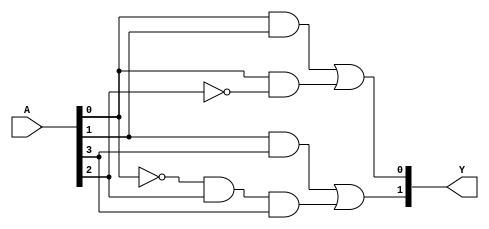
module PAL (
    input wire [n-1:0] A, // n inputs
    output wire [m-1:0] Y // m outputs
);

// Parameters for number of inputs and outputs
parameter n = 4; // Number of inputs (A1, A2, A3, A4)
parameter m = 2; // Number of outputs (Y1, Y2)

// Programmable AND gates (each AND gate can be programmed)
wire [3:0] and_out; // Assuming 4 programmable AND gates

// Example of programmable AND gate configurations
assign and_out[0] = A[0] & A[1];          // AND gate 1: A1 AND A2
assign and_out[1] = A[0] & ~A[2];         // AND gate 2: A1 AND NOT A3
assign and_out[2] = A[1] & A[3];          // AND gate 3: A2 AND A4
assign and_out[3] = ~A[0] & A[2] & A[3];  // AND gate 4: NOT A1 AND A3 AND A4

// Fixed OR gates combining the outputs of the AND gates
assign Y[0] = and_out[0] | and_out[1]; // OR gate 1: combines outputs of AND gate 1 and 2
assign Y[1] = and_out[2] | and_out[3]; // OR gate 2: combines outputs of AND gate 3 and 4

endmodule